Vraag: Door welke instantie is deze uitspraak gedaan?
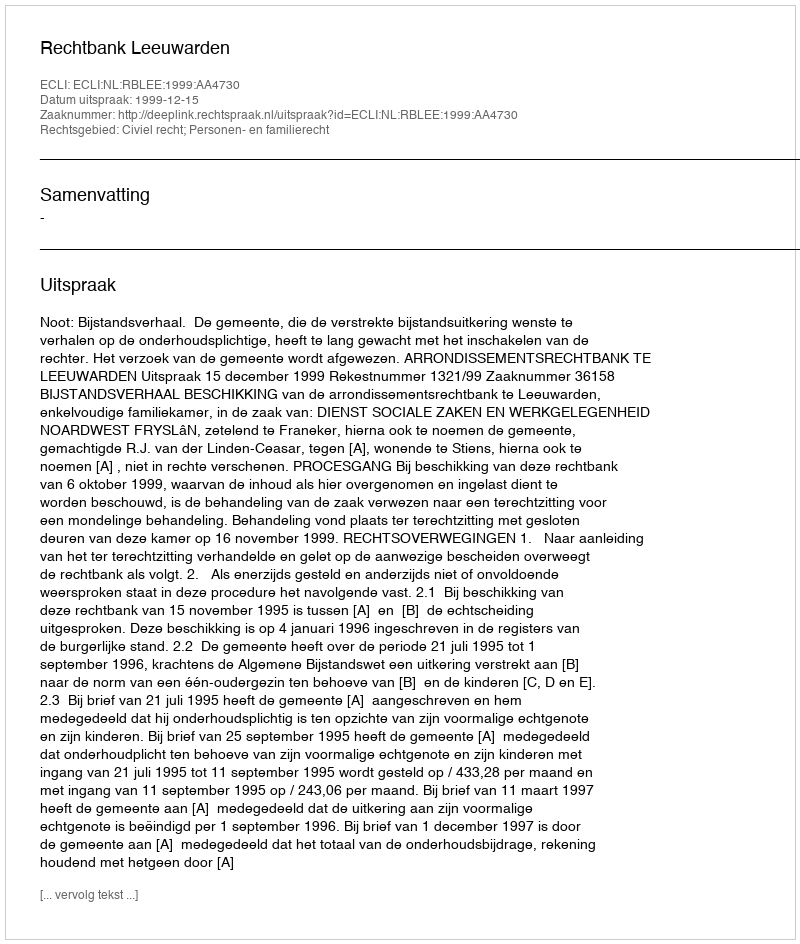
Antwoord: Rechtbank Leeuwarden